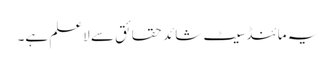
یہ مائنڈ سیٹ شائد حقائق سے لاعلم ہے۔